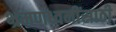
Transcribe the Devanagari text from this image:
भ्रमणध्वनींसाठी